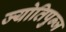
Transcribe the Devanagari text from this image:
ज्योतिपुन्ज